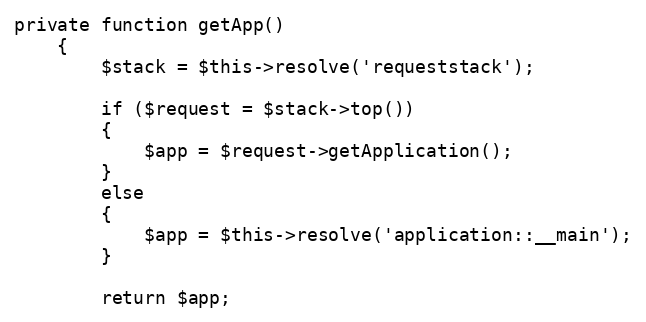
Language: PHP
private function getApp()
	{
		$stack = $this->resolve('requeststack');

		if ($request = $stack->top())
		{
			$app = $request->getApplication();
		}
		else
		{
			$app = $this->resolve('application::__main');
		}

		return $app;